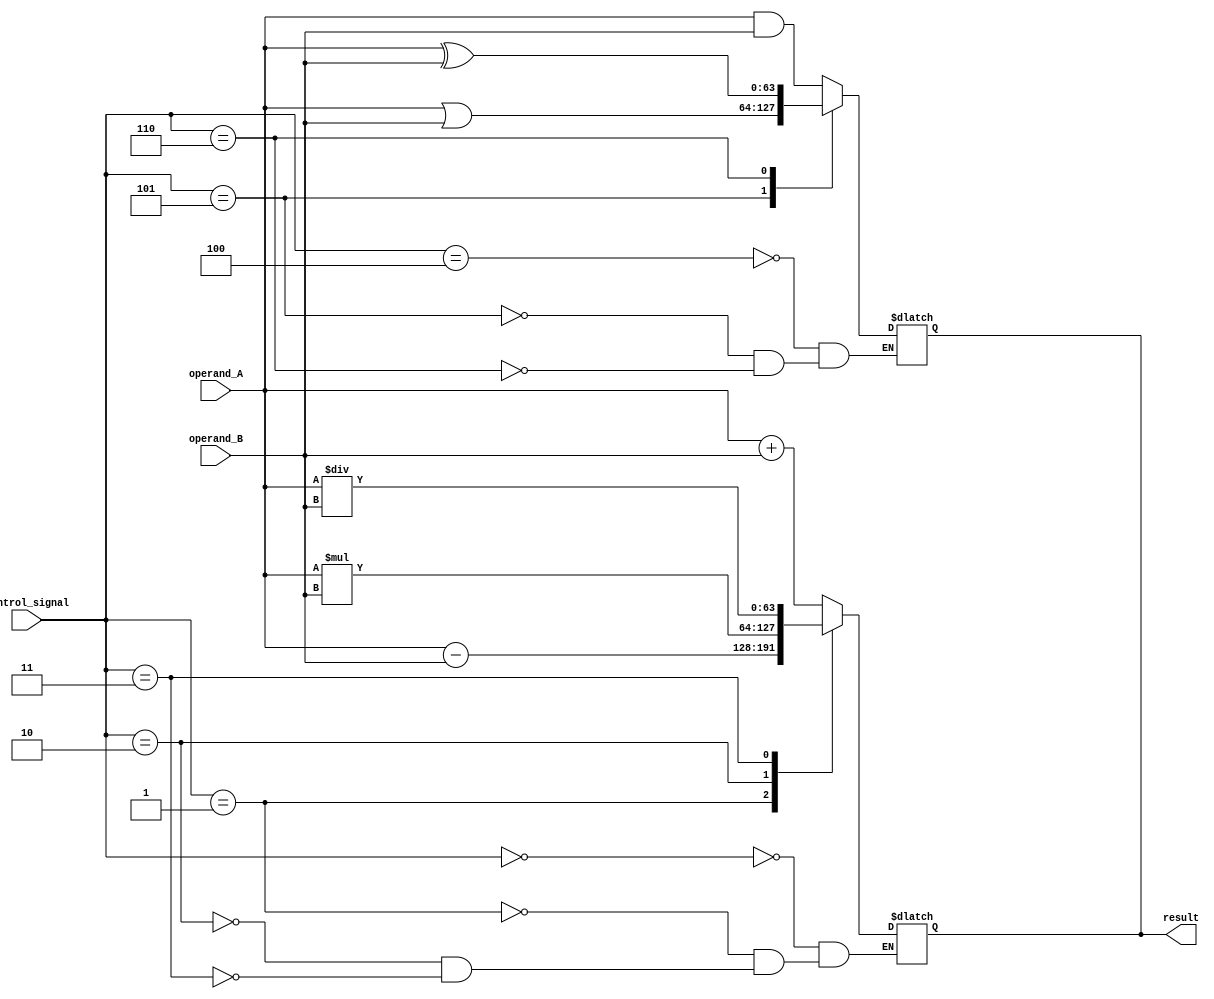
module ALU (
    input [63:0] operand_A,
    input [63:0] operand_B,
    input [3:0] control_signal,
    output reg [63:0] result
);

// Arithmetic operations
always @ (*)
begin
    case (control_signal)
        4'b0000: result = operand_A + operand_B; // Addition
        4'b0001: result = operand_A - operand_B; // Subtraction
        4'b0010: result = operand_A * operand_B; // Multiplication
        4'b0011: result = operand_A / operand_B; // Division
    endcase
end

// Logic operations
always @ (*)
begin
    case (control_signal)
        4'b0100: result = operand_A & operand_B; // AND
        4'b0101: result = operand_A | operand_B; // OR
        4'b0110: result = operand_A ^ operand_B; // XOR
    endcase
end

// Carry-in/carry-out logic
// Adder and shifter logic to be implemented

endmodule